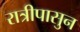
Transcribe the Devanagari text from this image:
रात्रीपासुन